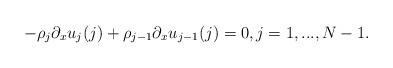
LaTeX: \begin{align*}- \rho_j \partial_x u_{j}(j) + \rho_{j-1} \partial_x u_{j-1}(j)= 0, j = 1,...,N-1. \end{align*}